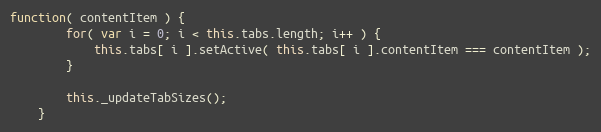
Language: JavaScript
function( contentItem ) {
		for( var i = 0; i < this.tabs.length; i++ ) {
			this.tabs[ i ].setActive( this.tabs[ i ].contentItem === contentItem );
		}

		this._updateTabSizes();
	}